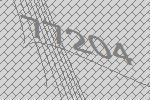
77204